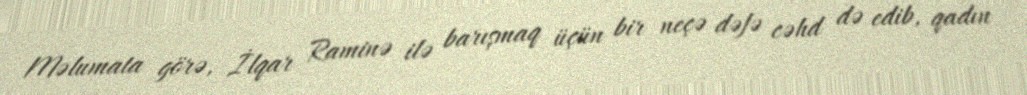
Məlumata görə, İlqar Raminə ilə barışmaq üçün bir neçə dəfə cəhd də edib, qadın